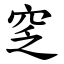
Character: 窆